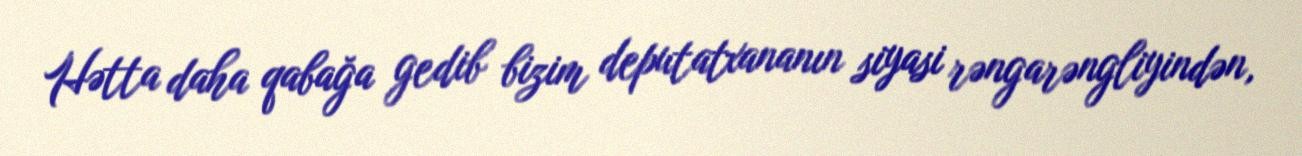
Hətta daha qabağa gedib bizim deputatxananın siyasi rəngarəngliyindən,